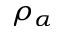
\rho _ { \alpha }